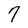
Character: 7